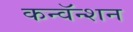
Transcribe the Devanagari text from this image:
कन्वॅन्शन